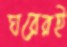
ঘরেরই